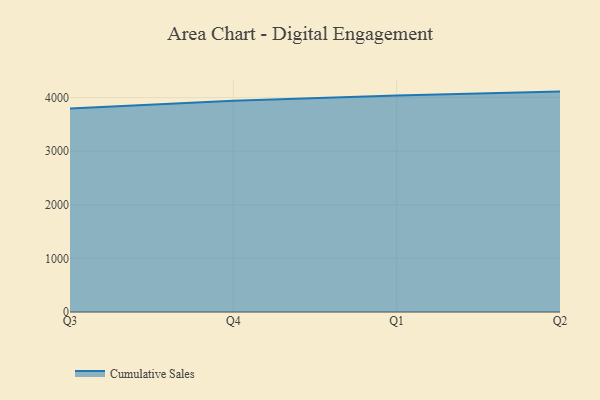
{"axis": {"x": "Quarter", "y": "Satisfaction Score"}, "legend": ["Cumulative Sales"], "data": [{"x": "Q3", "y": 3796.7, "type": "Cumulative Sales"}, {"x": "Q4", "y": 3940.3, "type": "Cumulative Sales"}, {"x": "Q1", "y": 4035.4, "type": "Cumulative Sales"}, {"x": "Q2", "y": 4110.0, "type": "Cumulative Sales"}]}